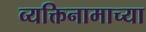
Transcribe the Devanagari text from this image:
व्यक्तिनामाच्या